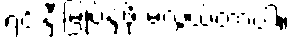
ရင်းနှီးမြုပ်နှံဖို့ မလွယ်တာပါ။